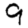
Digit: 9